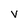
Character: v